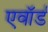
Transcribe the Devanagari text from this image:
एवॉर्ड